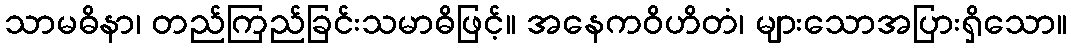
သာမဓိနာ၊ တည်ကြည်ခြင်းသမာဓိဖြင့်။ အနေကဝိဟိတံ၊ များသောအပြားရှိသော။